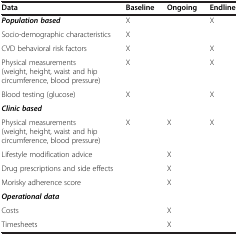
| Data | Baseline | Ongoing | Endline |
 | --- | --- | --- | --- |
 | Population based | X |  | X |
 | Socio-demographic characteristics | X |  |  |
 | CVD behavioral risk factors | X |  | X |
 | Physical measurements (weight, height, waist and hip circumference, blood pressure) | X |  | X |
 | Blood testing (glucose) | X |  | X |
 | Clinic based |  |  |  |
 | Physical measurements (weight, height, waist and hip circumference, blood pressure) | X | X | X |
 | Lifestyle modification advice |  | X |  |
 | Drug prescriptions and side effects |  | X |  |
 | Morisky adherence score |  | X |  |
 | Operational data |  |  |  |
 | Costs |  | X |  |
 | Timesheets |  | X |  |